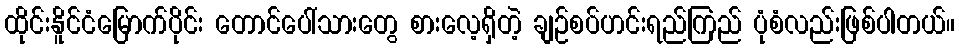
ထိုင်းနိူင်ငံမြောက်ပိုင်း တောင်ပေါ်သားတွေ စားလေ့ရှိတဲ့ ချဉ်စပ်ဟင်းရည်ကြည် ပုံစံလည်းဖြစ်ပါတယ်။